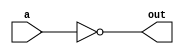
`timescale 1ns/1ps

//-----------------
module myNot(out, a);
input a;
output out;

nand (out, a, a);

endmodule

//-----------------
module myAnd (out, a, b);
input a, b;
output out;

wire w1;

nand (w1, a, b);
myNot g0(out, w1);

endmodule

//-----------------
module myOr (out, a, b);
input a, b;
output out;

wire w1, w2;

myNot g0(w1, a);
myNot g1(w2, b);
nand (out, w1, w2);

endmodule

//-----------------
module myNor(out, a, b);
input a, b;
output out;

wire w1;
myOr g0(w1, a, b);
myNot g1(out, w1);

endmodule

//-----------------
module myXor(out, a, b);
input a, b;
output out;

wire na, nb, w1, w2;

myNot g0(na, a);
myNot g1(nb, b);
myAnd g2(w1, a, nb);
myAnd g3(w2, na, b);
myOr g4(out, w1, w2);

endmodule

//-----------------
module myXnor(out, a, b);
input a, b;
output out;

wire w1;

myXor g0(w1, a, b);
myNot g1(out, w1);
endmodule

//-----------------
module Half_Adder(a, b, cout, sum);

input a, b;

output cout, sum;

wire w1, w2;
myAnd g0(cout, a, b);
myXor g1(sum, a, b);

endmodule

module Majority(a, b, c, out);

input a, b, c;
output out;

wire w1, w2, w3, w4, w5;

myAnd g0(w1, a, b);
myAnd g1(w2, a, c);
myAnd g2(w3, b, c);
myOr g3(w4, w1, w2);
myOr g4(out, w4, w3);

endmodule


//-----------------
module Full_Adder (a, b, cin, cout, sum);

input a, b, cin;
output cout, sum;

wire w;

Majority g0(a, b, cin, cout);

myXor g1(w, a, b);
myXor g2(sum, cin, w);

endmodule